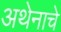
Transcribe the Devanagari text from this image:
अथेनाचे